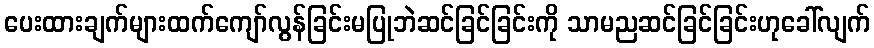
ပေးထားချက်များထက်ကျော်လွန်ခြင်းမပြုဘဲဆင်ခြင်ခြင်းကို သာမညဆင်ခြင်ခြင်းဟုခေါ်လျက်